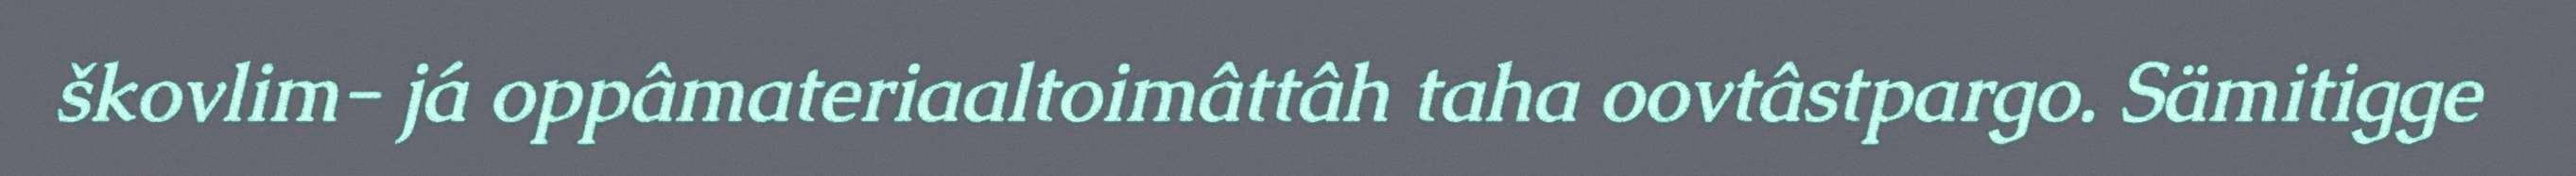
škovlim- já oppâmateriaaltoimâttâh taha oovtâstpargo. Sämitigge